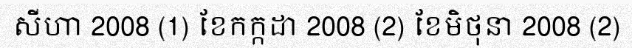
សីហា 2008 (1) ខែកក្កដា 2008 (2) ខែមិថុនា 2008 (2)